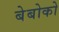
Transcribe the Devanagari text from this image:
बेबोको